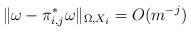
LaTeX: \begin{align*} \|\omega-\pi_{i,j}^*\omega\|_{\Omega, X_i}=O(m^{-j})\end{align*}